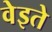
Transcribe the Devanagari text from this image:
वेइते